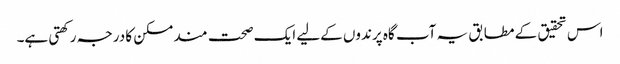
اس تحقیق کے مطابق یہ آب گاہ پرندوں کےلیے ایک صحت مند مسکن کا درجہ رکھتی ہے۔